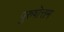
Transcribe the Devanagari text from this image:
पुरुषॊत्तम